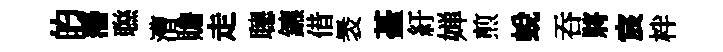
的藩聮漕贍走𦗟鑣借褁䑓紆婵煎蜕吞將宸柈